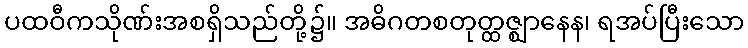
ပထဝီကသိုဏ်းအစရှိသည်တို့၌။ အဓိဂတစတုတ္ထဇ္ဈာနေန၊ ရအပ်ပြီးသော